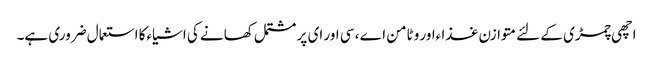
اچھی چمڑی کے لئے متوازن غذا ءاور وٹامن اے ، سی اور ای پر مشتمل کھانے کی اشیاءکا استعمال ضروری ہے۔